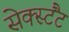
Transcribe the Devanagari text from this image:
सेक्स्टैंट